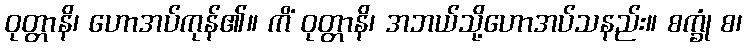
ဝုတ္တာနိ၊ ဟောအပ်ကုန်၏။ ကိံ ဝုတ္တာနိ၊ အဘယ်သို့ဟောအပ်သနည်း။ စက္ခုံ စ၊